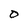
Character: D